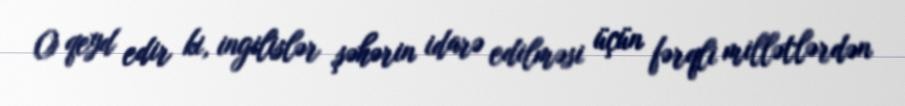
O qeyd edir ki, ingilislər şəhərin idarə edilməsi üçün fərqli millətlərdən